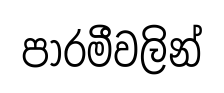
පාරමීවලින්